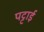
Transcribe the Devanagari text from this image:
पट्टाई